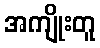
အကျိုးတူ